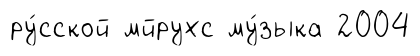
ру́сской мйрухс му́зыка 2004